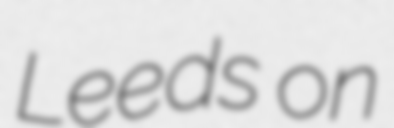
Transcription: Leeds on